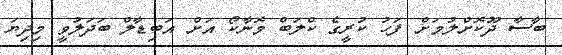
ބާސާ ދޫކޮށްލުމަށް ފަހު ކުރީގެ ކްލަބް މޮނާކޯ އަށް އަބިޑާލް ބަދަލުވީ މިދިޔަ